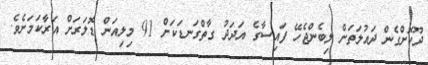
ދޫކޮށްގެން ދައުލަތަށް ލިބެންޖެހޭ ފައިސާގެ އަދަދު ގާތްގަނޑަކަށް 91 މިލިއަން ޑޮލަރަށް އަރާކަމަށެވެ.